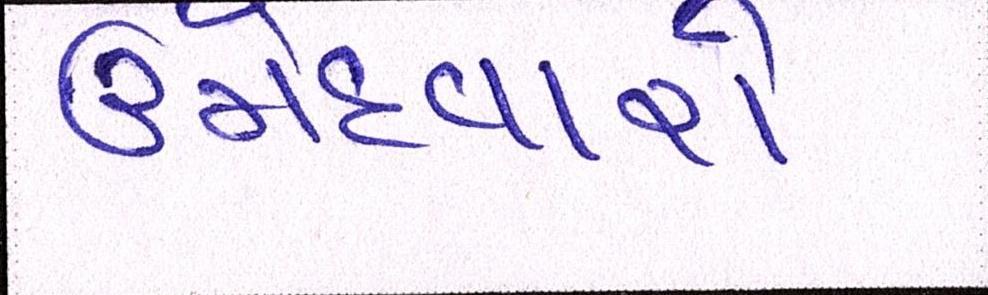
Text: ઉમેદવારો